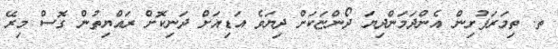
ތ. ތިމަރަފުށިން އެންދަމަންދިޔަ ދޯންޏަކަށް ދިޔަވެ އަޑިއަށް ދަނިކޮށް ރައްޔިތުން ގޮސް މިރޭ